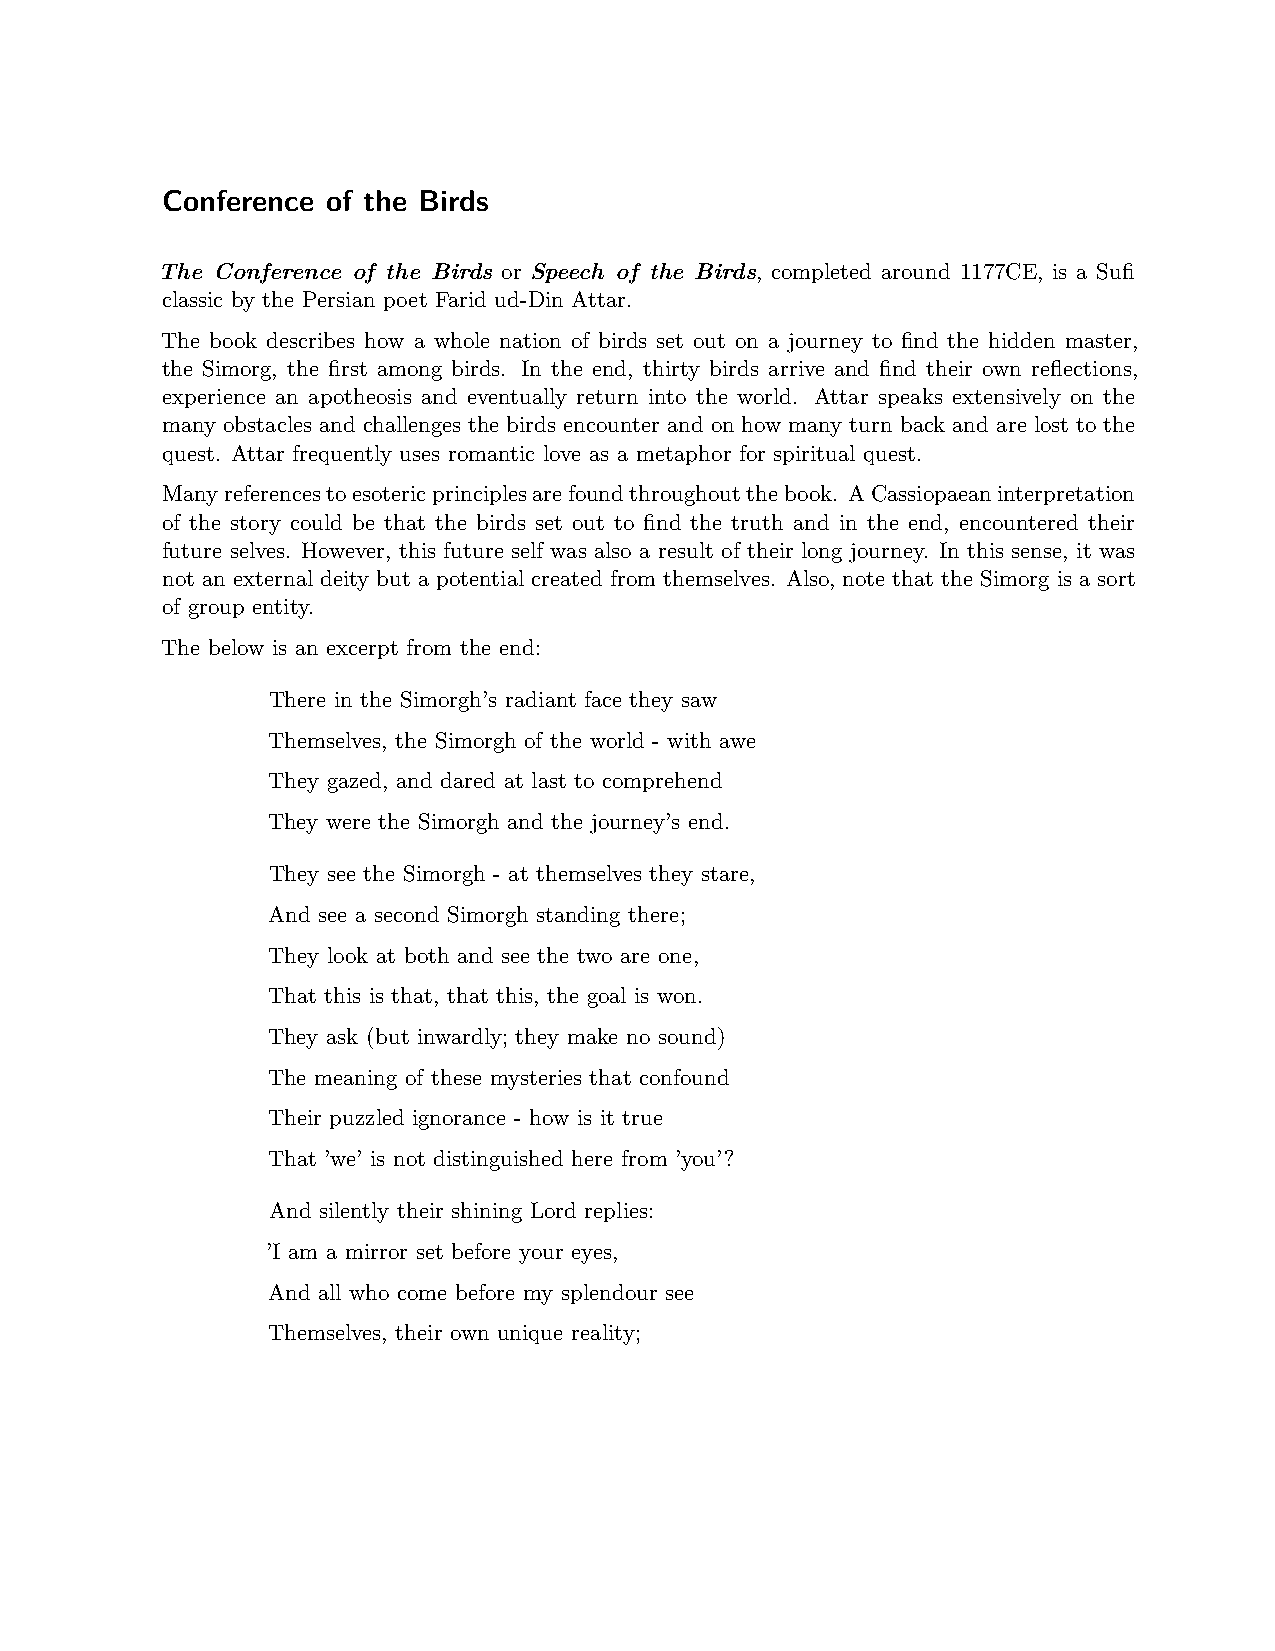
Conference of the Birds
 The Conference of the Birds or Speech of the Birds, completed around 1177CE, is a Sufi
 classic by the Persian poet Farid ud-Din Attar.
 The book describes how a whole nation of birds set out on a journey to find the hidden master,
 the Simorg, the first among birds. In the end, thirty birds arrive and find their own reflections,
 experience an apotheosis and eventually return into the world. Attar speaks extensively on the
 many obstacles and challenges the birds encounter and on how many turn back and are lost to the
 quest. Attar frequently uses romantic love as a metaphor for spiritual quest.
 Manyreferencestoesotericprinciplesarefoundthroughoutthebook. ACassiopaeaninterpretation
 of the story could be that the birds set out to find the truth and in the end, encountered their
 future selves. However, this future self was also a result of their long journey. In this sense, it was
 not an external deity but a potential created from themselves. Also, note that the Simorg is a sort
 of group entity.
 The below is an excerpt from the end:
 There in the Simorgh’s radiant face they saw
 Themselves, the Simorgh of the world - with awe
 They gazed, and dared at last to comprehend
 They were the Simorgh and the journey’s end.
 They see the Simorgh - at themselves they stare,
 And see a second Simorgh standing there;
 They look at both and see the two are one,
 That this is that, that this, the goal is won.
 They ask (but inwardly; they make no sound)
 The meaning of these mysteries that confound
 Their puzzled ignorance - how is it true
 That ’we’ is not distinguished here from ’you’?
 And silently their shining Lord replies:
 ’I am a mirror set before your eyes,
 And all who come before my splendour see
 Themselves, their own unique reality;